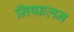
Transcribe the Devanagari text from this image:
निष्फ़लन